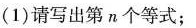
(1)请写出第n个等式；